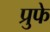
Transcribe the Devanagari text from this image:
प्रुफे